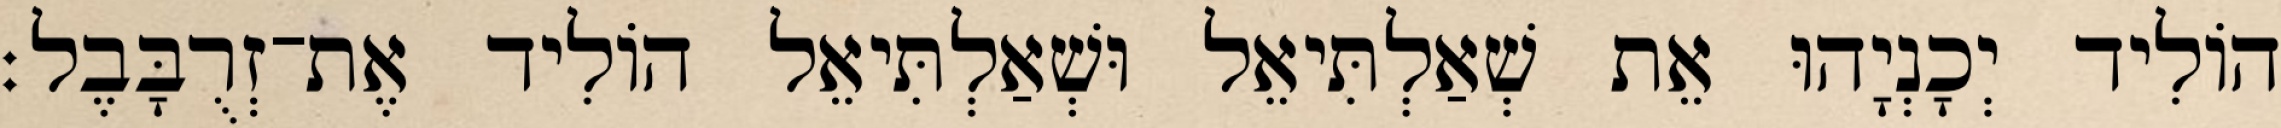
הוֹלִיד יְכָנְיָהוּ אֵת שְׁאַלְתִּיאֵל וּשְׁאַלְתִּיאֵל הוֹלִיד אֶת־זְרֻבָּבֶל׃